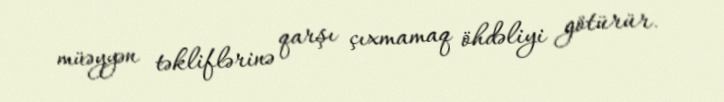
müəyyən təkliflərinə qarşı çıxmamaq öhdəliyi götürür.